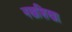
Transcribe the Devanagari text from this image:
नखशिखा